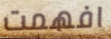
افهمت